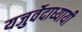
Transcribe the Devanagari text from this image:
यजुर्वेदाध्यायी